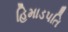
હિમાડપતિ